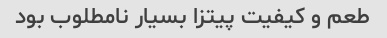
طعم و کیفیت پیتزا بسیار نامطلوب بود